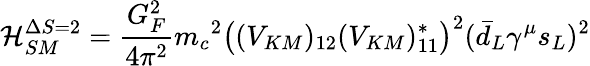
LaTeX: {\cal H}_{SM}^{\Delta S=2}=\frac{G_{F}^{2}}{4{\pi}^{2}}{m_{c}}^{2}\big((V_{KM})_{12}(V_{KM})_{11}^{*}\big)^{2}(\bar{d}_{L}\gamma^{\mu}s_{L})^{2}